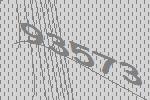
93573